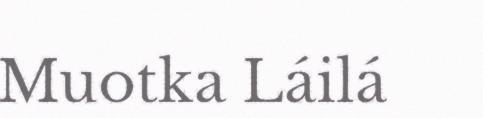
Muotka Láilá